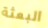
البعثة